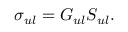
\sigma _ { u l } = G _ { u l } S _ { u l } .